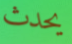
يحدث